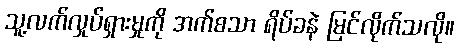
သူ့လက်လှုပ်ရှားမှုကို အက်စသာ ရိပ်ခနဲ မြင်လိုက်သလို။